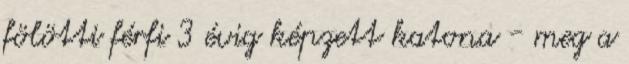
fölötti férfi 3 évig képzett katona - meg a